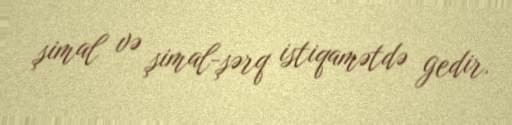
şimal və şimal-şərq istiqamətdə gedir.